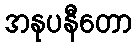
အနုပနီတော